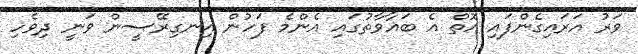
ވަރު އަރައިގެންފައި އޮތް އެ ބަޣާވާތުގައި އެންމެ ފަހުން އިނގިރޭސީން ވަނީ ދިވެހި